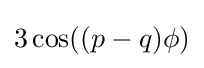
3\cos((p-q)\phi )